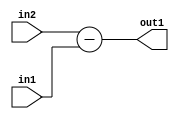
`timescale 1ps / 1ps
/*****************************************************************************
    Verilog RTL Description
    
    
    Created by: Stratus DpOpt 2019.1.01 
*******************************************************************************/

module st_weight_addr_gen_Sub_16Ux16U_17S_4_9 (
	in2,
	in1,
	out1
	); /* architecture "behavioural" */ 
input [15:0] in2,
	in1;
output [16:0] out1;
wire [16:0] asc001;

assign asc001 = 
	+(in2)
	-(in1);

assign out1 = asc001;
endmodule

/* CADENCE  ubDyQw8= : u9/ySgnWtBlWxVPRXgAZ4Og= ** DO NOT EDIT THIS LINE ******/